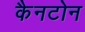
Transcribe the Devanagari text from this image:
कैनटोन